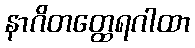
နာဂိတတ္ထေရဂါထာ